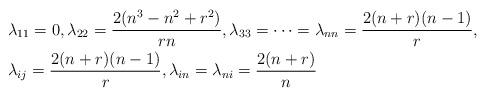
LaTeX: \begin{align*}&\lambda_{11}=0, \lambda_{22}= \frac{2(n^3-n^2+r^2)}{rn}, \lambda_{33}= \cdots = \lambda_{nn}= \frac{2(n+r)(n-1)}{r}, \\&\lambda_{ij}= \frac{2(n+r)(n-1)}{r}, \lambda_{in}= \lambda_{ni}=\frac{2(n+r)}{n}\end{align*}